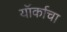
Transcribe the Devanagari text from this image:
यॉर्काचा